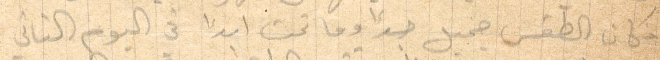
فكان الطقس جميل جدًا وما تخت ابدًا في اليوم الثاني